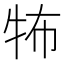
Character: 𤙅